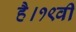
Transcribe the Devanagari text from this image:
है।१९वीं